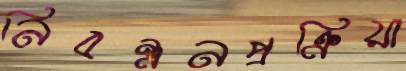
নিবন্ধনপ্রক্রিয়া